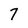
Character: 7